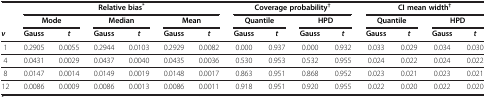
|  | <COLSPAN=6> Relative bias* | <COLSPAN=4> Coverage probability† | <COLSPAN=4> CI mean width† |
 |  | <COLSPAN=2> Mode | <COLSPAN=2> Median | <COLSPAN=2> Mean | <COLSPAN=2> Quantile | <COLSPAN=2> HPD | <COLSPAN=2> Quantile | <COLSPAN=2> HPD |
 | ν | Gauss | t | Gauss | t | Gauss | t | Gauss | t | Gauss | t | Gauss | t | Gauss | t |
 | --- | --- | --- | --- | --- | --- | --- | --- | --- | --- | --- | --- | --- | --- | --- |
 | 1 | 0.2905 | 0.0055 | 0.2944 | 0.0103 | 0.2929 | 0.0082 | 0.000 | 0.937 | 0.000 | 0.932 | 0.033 | 0.029 | 0.034 | 0.030 |
 | 4 | 0.0431 | 0.0029 | 0.0437 | 0.0040 | 0.0435 | 0.0036 | 0.530 | 0.953 | 0.532 | 0.955 | 0.024 | 0.022 | 0.024 | 0.022 |
 | 8 | 0.0147 | 0.0014 | 0.0149 | 0.0019 | 0.0148 | 0.0017 | 0.863 | 0.951 | 0.868 | 0.952 | 0.023 | 0.021 | 0.023 | 0.021 |
 | 12 | 0.0086 | 0.0009 | 0.0086 | 0.0013 | 0.0086 | 0.0011 | 0.918 | 0.951 | 0.920 | 0.955 | 0.022 | 0.020 | 0.022 | 0.020 |